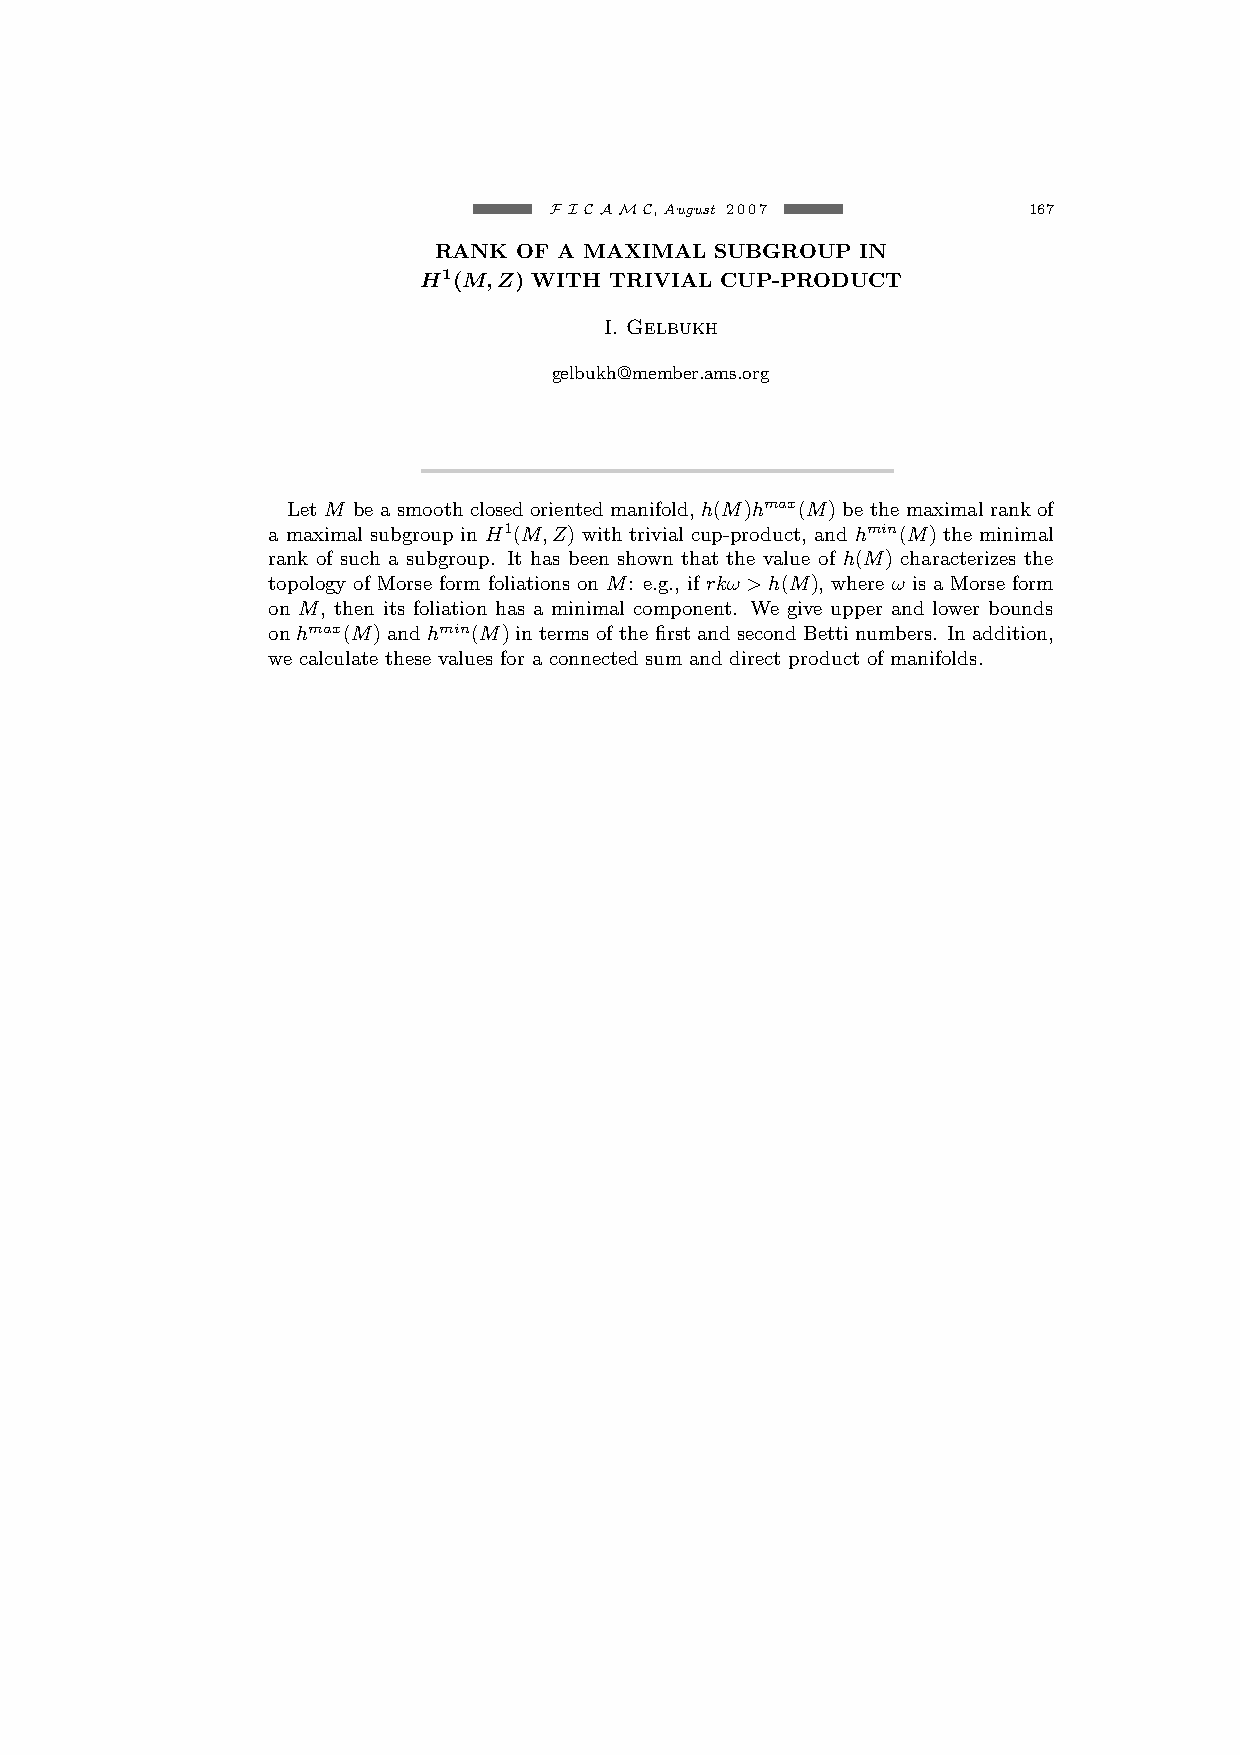
F I C AMC,August 2007           167
 RANK OF A MAXIMAL SUBGROUP  IN
 H1(M,Z) WITH TRIVIAL CUP-PRODUCT
 I. Gelbukh
 gelbukh@member.ams.org
 Let M be a smooth closed oriented manifold, h(M)hmax(M) be the maximal rank of
 a maximal subgroup in H1(M,Z) with trivial cup-product, and hmin(M) the minimal
 rank of such a subgroup. It has been shown that the value of h(M) characterizes the
 topology of Morse form foliations on M: e.g., if rkω >h(M), where ω is a Morse form
 on M, then its foliation has a minimal component. We give upper and lower bounds
 on hmax(M) and hmin(M) in terms of the first and second Betti numbers. In addition,
 we calculate these values for a connected sum and direct product of manifolds.